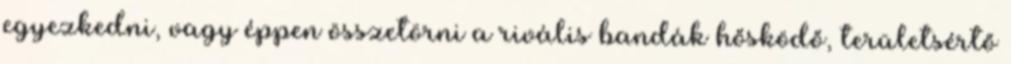
egyezkedni, vagy éppen összetörni a rivális bandák hősködő, területsértő